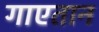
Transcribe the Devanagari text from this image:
गाएतान